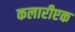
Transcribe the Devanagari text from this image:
कलारीएक